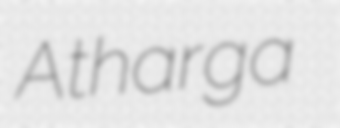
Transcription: Atharga